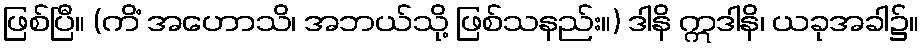
ဖြစ်ပြီ။ (ကိံ အဟောသိ၊ အဘယ်သို့ ဖြစ်သနည်း။) ဒါနိ ဣဒါနိ၊ ယခုအခါ၌။